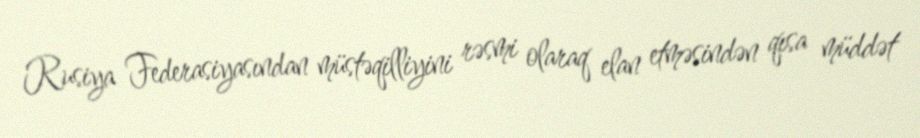
Rusiya Federasiyasından müstəqilliyini rəsmi olaraq elan etməsindən qısa müddət